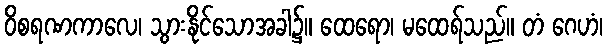
ဝိစရဏကာလေ၊ သွားနိုင်သောအခါ၌။ ထေရော၊ မထေရ်သည်။ တံ ဂေဟံ၊